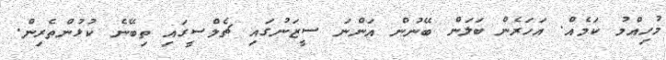
މުހިއްމު ކަމެއް. އަހަރެން ބަލަން ބޭނުން އަންނަ ސީޒަނުގައި ޗެލްސީގައި ތިބޭނެ ކުޅުންތެރިން.